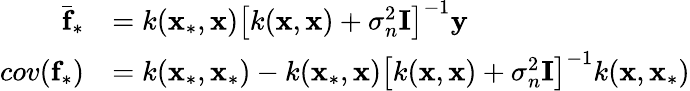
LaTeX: \begin{array}{rl}{\bar{\textbf{f}}_{*}}&{=k(\textbf{x}_{*},\textbf{x})\left[k(\textbf{x},\textbf{x})+\sigma_{n}^{2}\textbf{I}\right]^{-1}\textbf{y}}\\ {cov(\textbf{f}_{*})}&{=k(\textbf{x}_{*},\textbf{x}_{*})-k(\textbf{x}_{*},\textbf{x})\left[k(\textbf{x},\textbf{x})+\sigma_{n}^{2}\textbf{I}\right]^{-1}k(\textbf{x},\textbf{x}_{*})}\end{array}